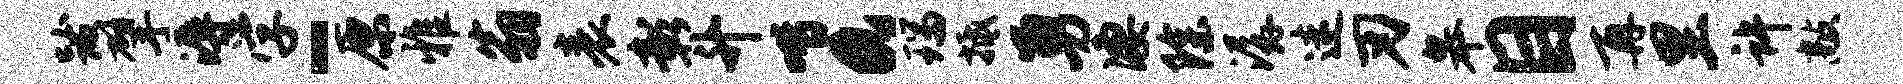
跋擘溽学-原雅翁表彰升喈a瑞抵勇凄除潺迷刃皋目再里许敲